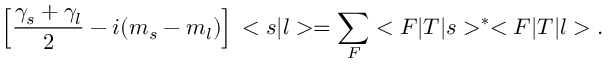
\Big [ \frac { { \gamma } _ { s } + { \gamma } _ { l } } { 2 } - i ( m _ { s } - m _ { l } ) \Big ] \, < s | l > = \sum _ { F } < F | T | s > ^ { \ast } < F | T | l > .